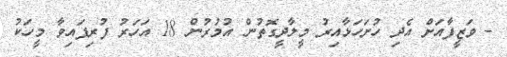
- ވަޒީފާއަށް އެދި ހުށަހަޅާއިރު މީލާދީގޮތުން އުމުރުން 18 އަހަރު ފުރިފައިވާ މީހަކު